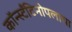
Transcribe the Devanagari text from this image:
कॉन्स्टँटिनोपलाचा